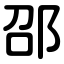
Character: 邵